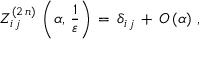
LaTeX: Z _ { i \, j } ^ { ( 2 \, n ) } \, \left( \alpha , \, \frac { 1 } { \varepsilon } \right) \, = \, \delta _ { i \, j } \, + \, { \cal { O } } \, ( \alpha ) \, \, ,